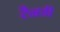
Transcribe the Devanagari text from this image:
टैनडी